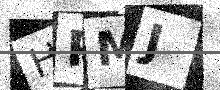
Text: HPMJ